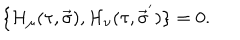
LaTeX: \lbrace { \cal H } _ { \mu } ( \tau , \vec { \sigma } ) , { \cal H } _ { \nu } ( \tau , { \vec { \sigma } } ^ { ' } ) \rbrace = 0 .